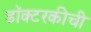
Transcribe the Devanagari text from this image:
डॉक्टरकीची